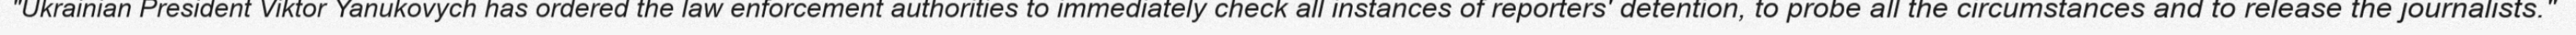
"Ukrainian President Viktor Yanukovych has ordered the law enforcement authorities to immediately check all instances of reporters' detention, to probe all the circumstances and to release the journalists."